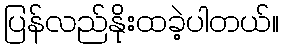
ပြန်လည်နိုးထခဲ့ပါတယ်။